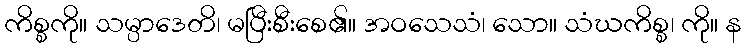
ကိစ္စကို။ သမ္ပာဒေတိ၊ မပြီးစီးစေ၏။ အဝသေသံ၊ သော။ သံဃကိစ္စ၊ ကို။ န